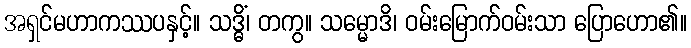
အရှင်မဟာကဿပနှင့်။ သဒ္ဓိံ၊ တကွ။ သမ္မောဒိ၊ ဝမ်းမြောက်ဝမ်းသာ ပြောဟော၏။